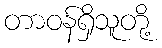
တာဝန်ရှိသူတို့